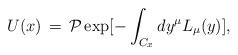
LaTeX: \begin{align*}U(x)\,=\, {\cal P} \exp [-\int_{C_x} dy^{\mu} L_{\mu} (y) ],\end{align*}